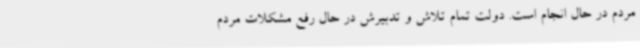
مردم در حال انجام است. دولت تمام تلاش و تدبیرش در حال رفع مشکلات مردم